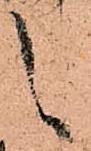
之